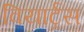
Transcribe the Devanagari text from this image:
वियार्ट्रस